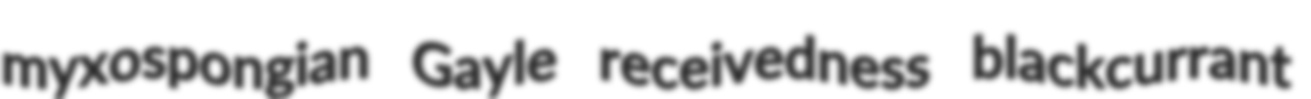
myxospongian Gayle receivedness blackcurrant